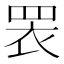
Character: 𭾱